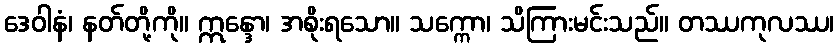
ဒေဝါနံ၊ နတ်တို့ကို။ ဣန္ဒော၊ အစိုးရသော။ သက္ကော၊ သိကြားမင်းသည်။ တဿကုလဿ၊